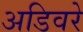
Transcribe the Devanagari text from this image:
अडिवरे